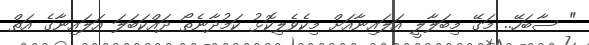
" ސާބަހޭ.. މަގޭ މިބަލާލީ އަލައިނާއަށް މިކެވެލިކޮޅު ކަމުދާނެތޯ ދައްކަބަލަ އަލައިނާގެ އަތް